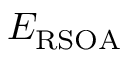
E _ { \mathrm { \mathrm { R S O A } } }